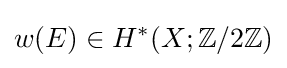
w(E)\in H^{*}(X;\mathbb {Z} /2\mathbb {Z} )